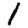
Digit: 1